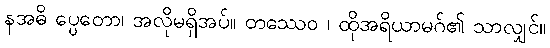
နအဓိ ပ္ပေတော၊ အလိုမရှိအပ်။ တဿေဝ ၊ ထိုအရိယာမဂ်၏ သာလျှင်။